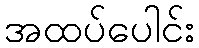
အထပ်ပေါင်း